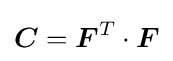
{\boldsymbol {C}}={\boldsymbol {F}}^{T}\cdot {\boldsymbol {F}}